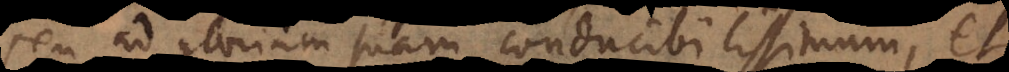
seu ad gloriam suam conducibilissimum, et